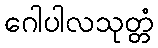
ဂေါပါလသုတ္တံ